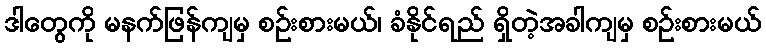
ဒါတွေကို မနက်ဖြန်ကျမှ စဉ်းစားမယ်၊ ခံနိုင်ရည် ရှိတဲ့အခါကျမှ စဉ်းစားမယ်